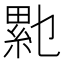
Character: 𰫥